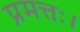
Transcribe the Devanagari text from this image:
प्रमत्तः।